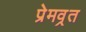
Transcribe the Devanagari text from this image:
प्रेमव्रत